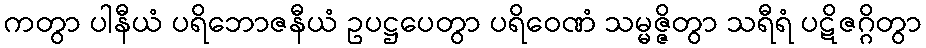
ကတွာ ပါနီယံ ပရိဘောဇနီယံ ဥပဋ္ဌပေတွာ ပရိဝေဏံ သမ္မဇ္ဇိတွာ သရီရံ ပဋိဇဂ္ဂိတွာ